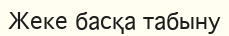
Жеке басқа табыну